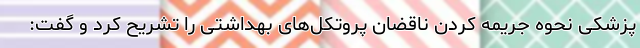
پزشکی نحوه جریمه کردن ناقضان پروتکل‌های بهداشتی را تشریح کرد و گفت: